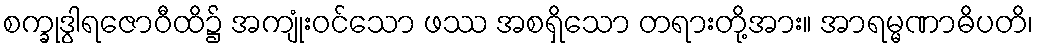
စက္ခုဒွါရဇောဝီထိ၌ အကျုံးဝင်သော ဖဿ အစရှိသော တရားတို့အား။ အာရမ္မဏာဓိပတိ၊